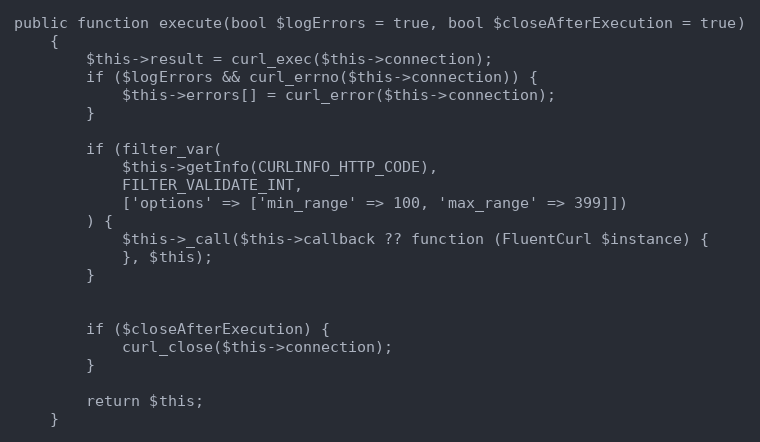
Language: PHP
public function execute(bool $logErrors = true, bool $closeAfterExecution = true)
    {
        $this->result = curl_exec($this->connection);
        if ($logErrors && curl_errno($this->connection)) {
            $this->errors[] = curl_error($this->connection);
        }

        if (filter_var(
            $this->getInfo(CURLINFO_HTTP_CODE),
            FILTER_VALIDATE_INT,
            ['options' => ['min_range' => 100, 'max_range' => 399]])
        ) {
            $this->_call($this->callback ?? function (FluentCurl $instance) {
            }, $this);
        }

        if ($closeAfterExecution) {
            curl_close($this->connection);
        }

        return $this;
    }